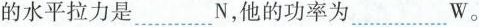
的水平拉力是 ___ N，他的功率为 ___ W。